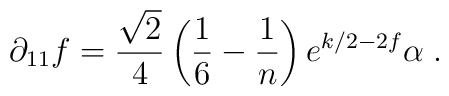
\partial_{11} f = \frac{\sqrt{2}}{4}\left(\frac{1}{6}-\frac{1}{n}\right)                    e^{k/2-2f}\alpha \; .